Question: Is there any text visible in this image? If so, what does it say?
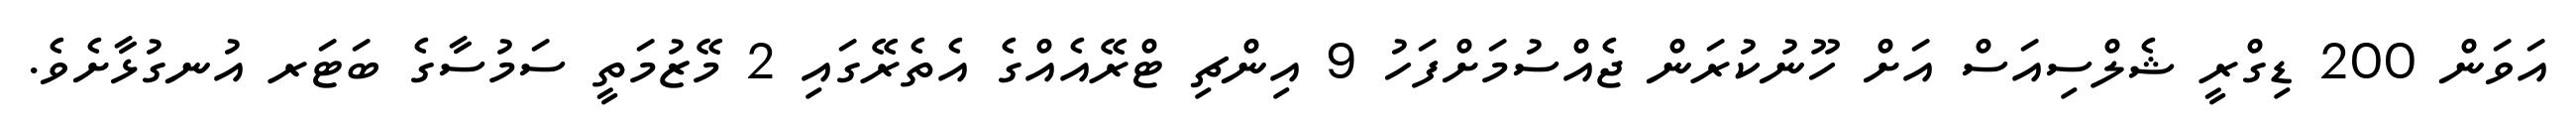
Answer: އަވަން 200 ޑިގްރީ ޝެލްސިއަސް އަށް ހޫނުކުރަން ޖެއްސުމަށްފަހު 9 އިންޗި ޓްރޭއެއްގެ އެތެރޭގައި 2 މޭޒުމަތީ ސަމުސާގެ ބަޓަރ އުނގުޅާށެވެ.